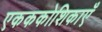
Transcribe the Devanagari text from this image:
एकककोशिकाएँ